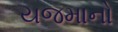
યજમાનો